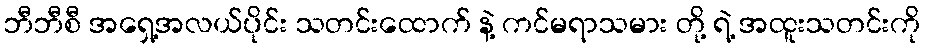
ဘီဘီစီ အရှေ့အလယ်ပိုင်း သတင်းထောက် နဲ့ ကင်မရာသမား တို့ ရဲ့ အထူးသတင်းကို